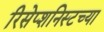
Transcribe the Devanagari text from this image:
रिसेप्शनिस्टच्या